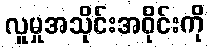
လူမှုအသိုင်းအဝိုင်းကို